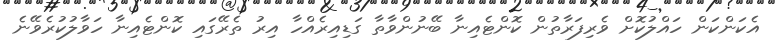
އެކަންކަން ހައްލުކޮށް ވެރިފަރާތުން ކޮންޓެއިނާ ބޭނުންވާތާ ގަޑިއިރެއްހާ އިރު ތެރޭގައި ކޮންޓެއިނާ ހަވާލުކުރެވޭނެ